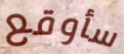
سأوقع